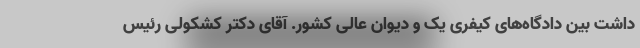
داشت بین دادگاه‌های کیفری یک و دیوان عالی کشور. آقای دکتر کشکولی رئیس